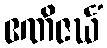
ဧဏိဇင်္ဃံ